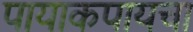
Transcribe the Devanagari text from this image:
पायाकपायचा